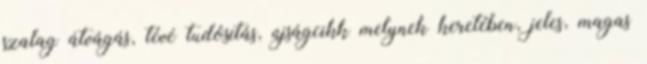
szalag átvágás, tévé tudósítás, újságcikk melynek keretében, jeles, magas